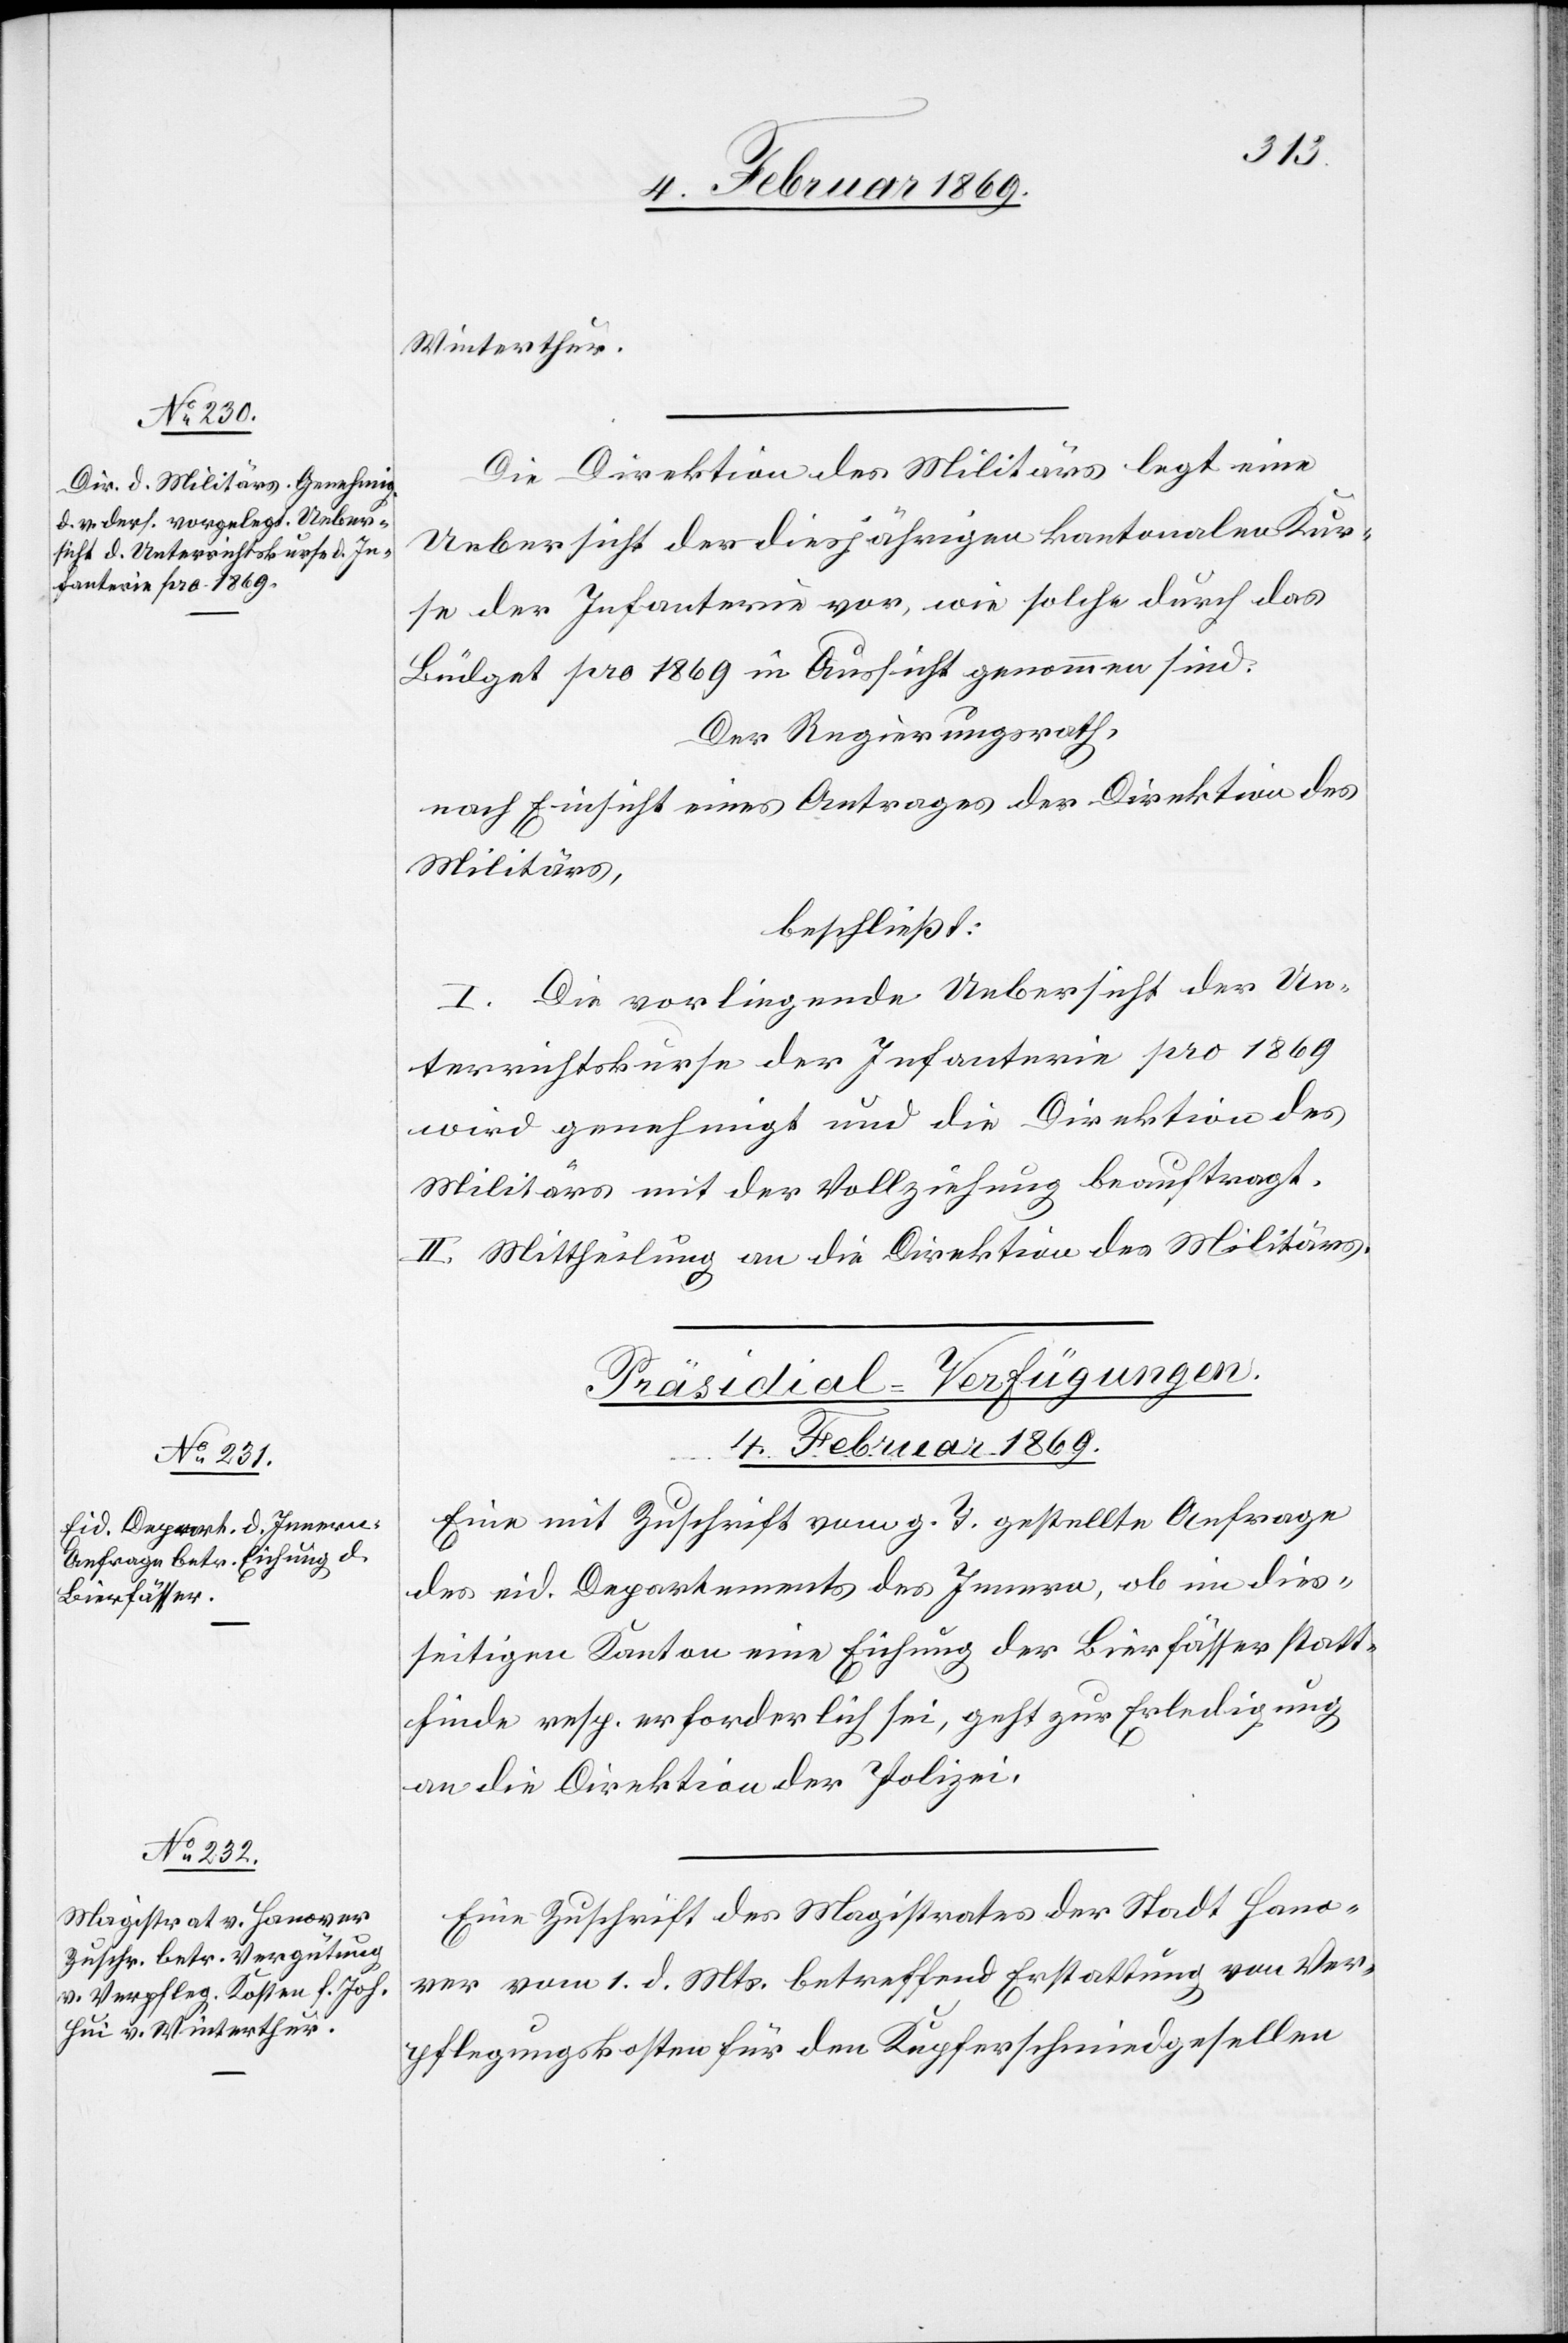
Winterthur.
Die Direktion des Militärs legt eine
Uebersicht der diesjährigen kantonalen Kur¬
se der Infanterie vor, wie solche durch das
Büdget pro 1869 in Aussicht genommen sind.
Der Regierungsrath,
nach Einsicht eines Antrages der Direktion des
Militärs,
beschließt:
I. Die vorliegende Uebersicht der Un¬
terrichtskurse der Infanterie pro 1869
wird genehmigt und die Direktion des
Militärs mit der Vollziehung beauftragt.
II. Mittheilung an die Direktion des Militärs.
[Präsidial-Verfügungen.
4. Februar 1869.]
Eine mit Zuschrift vom g. T. gestellte Anfrage
des eid. Departements des Innern, ob in dies¬
seitigen Kanton eine Eichung der Bierfässer statt¬
finde resp. erforderlich sei, geht zur Erledigung
an die Direktion der Polizei.
Eine Zuschrift des Magistrates der Stadt Hano¬
ver vom 1. d. Mts. betreffend Erstattung von Ver¬
pflegungskosten für den Kupferschmiedgesellen